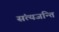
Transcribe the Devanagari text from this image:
संत्यजन्ति